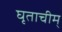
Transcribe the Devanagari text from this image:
घृताचीम्